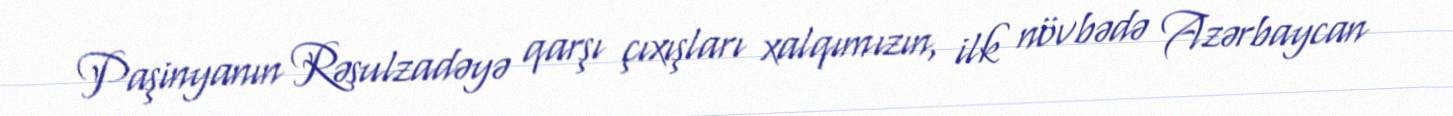
Paşinyanın Rəsulzadəyə qarşı çıxışları xalqımızın, ilk növbədə Azərbaycan